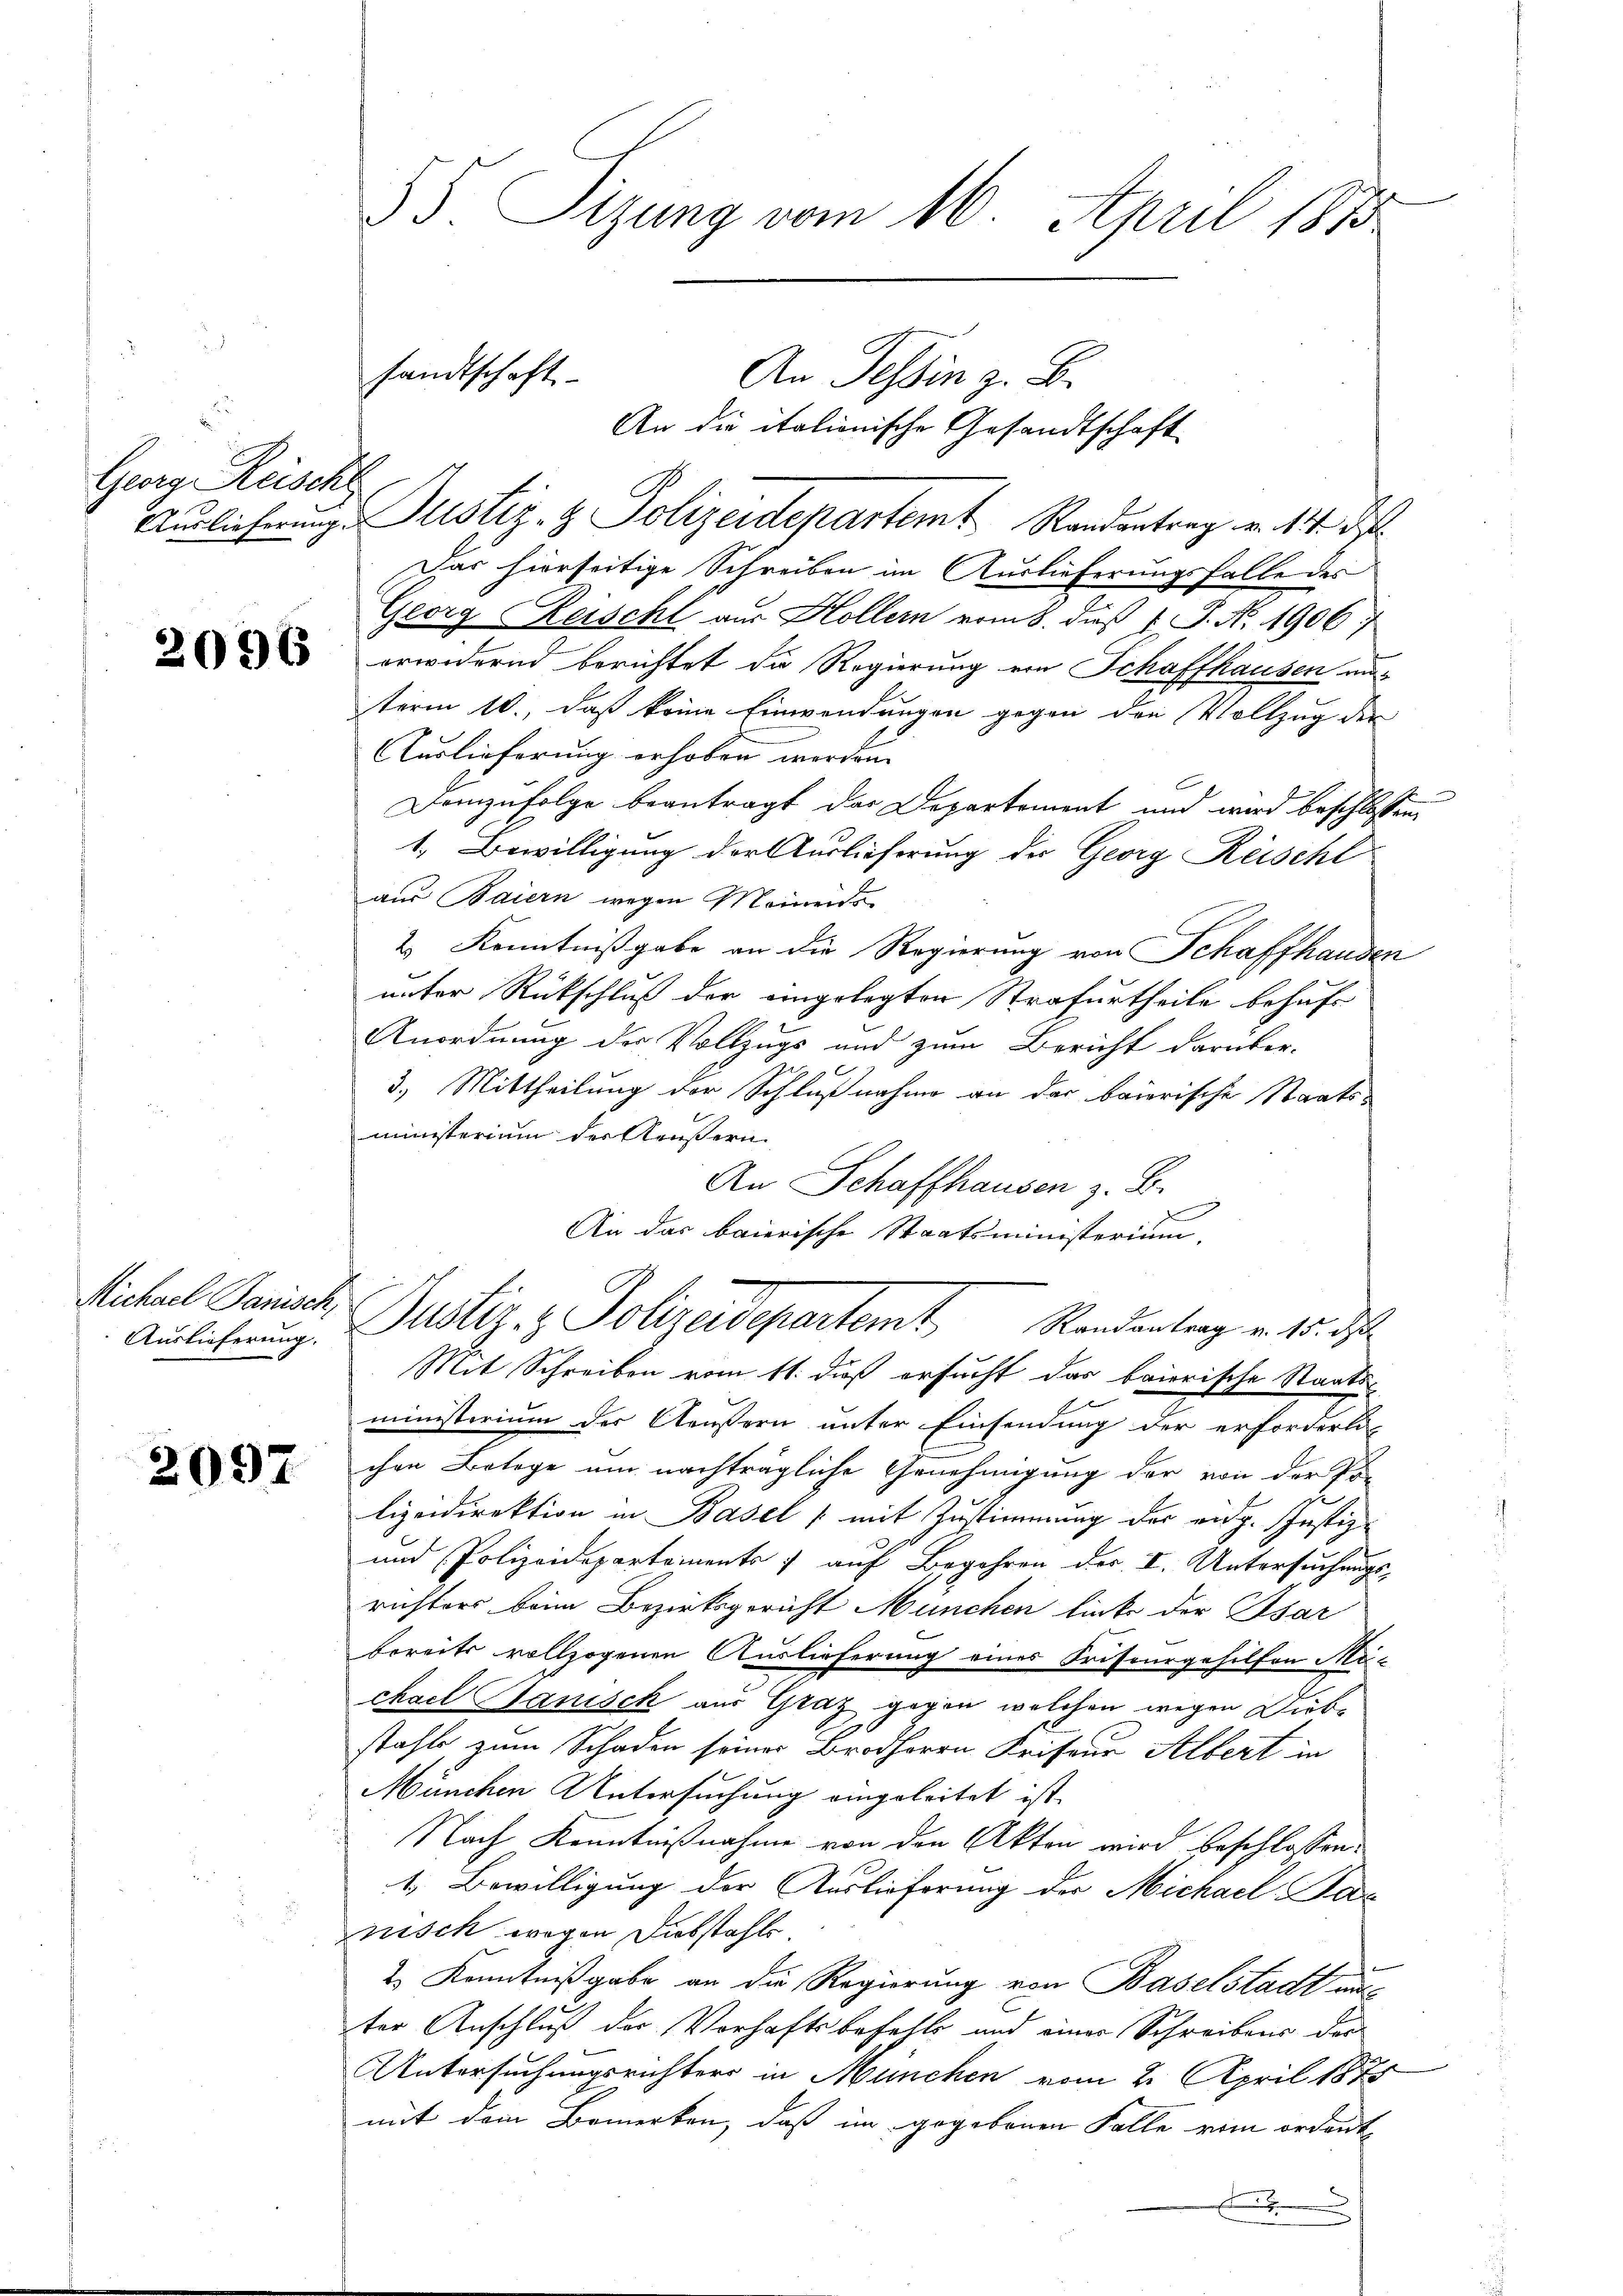
Georg Reische

Michael Senat,

2097

C
Auslieferung. Justiz- & Polizeidepartemt Randantrag v. 14. d
Das hierseitige Schreiben im Auslieferungsfalle des
Georg Reischt aus Hollern vom 8. daß P. N. 1906.
 erwidernd berichtet die Regierung von Schaffhausen aus
term 10., daß keine Einwendungen gegen den Vollzug der
Auslieferung erhoben werden.
Demzufolge beantragt das Departement und wird beschlossen,
1. Bewilligung der Auslieferung der Georg Rüschl
aus Baiern wegen Meinens
2) Kenntnißgabe an die Regierung von Schaffhausen
unter Rückschluß der eingelegten Strafurtheile behuf
Anordnung der Vollzugs und zum Bericht darüber-
3.) Mittheilung der Schlußnahme an der baiorische Staats-
ministerium der Reussern.
An Schaffhausen z. B.
An das baierische Staatsministerium,
Anlicherung. Justiz- & Polizeidepartemt Randertrag v. 10. d
Mit Schreiben vom 11. daß ersucht das baierische Staats
ministerium der Aeustern unter Einsendung der erforderli
chen Belege um nachträgliche Genehmigung der von der Pr
lizeidirektion in Basel (mit Zustimmung der eidg. Justiz-
und Polizeidepartements auf Begehren der I. Untersuchungsrichters beim Bezirksgericht München linke der Psar
bereits vollzogenen Auslieferung eines Friseurgehilfen Mic
chael Stanisch aus Graz gegen welchen wegen Diebstahls zum Schaden seiner Brodherrn Kriseur Albert in
München Untersuchung eingeleitet ist.
Nach Kenntnißnahme von den Akten wird beschlossen:
1. Bewilligung der Auslieferung der Michael Pac
nisch wegen Diebstahls.
2) Kenntnißgabe an die Regierung von Baselstadt auf
ter Anschluß der Vorhaftsbefelle und einer Schreibens der
Untersuchungsrichters in München vom 2. April 1875
mit dem Bemerken, daß im gegebenen Falle vom ordente

55. Sizung vom 16. April 1870

sandtschaft

An Tessin z. B.
An die italionische Gesandtschaft